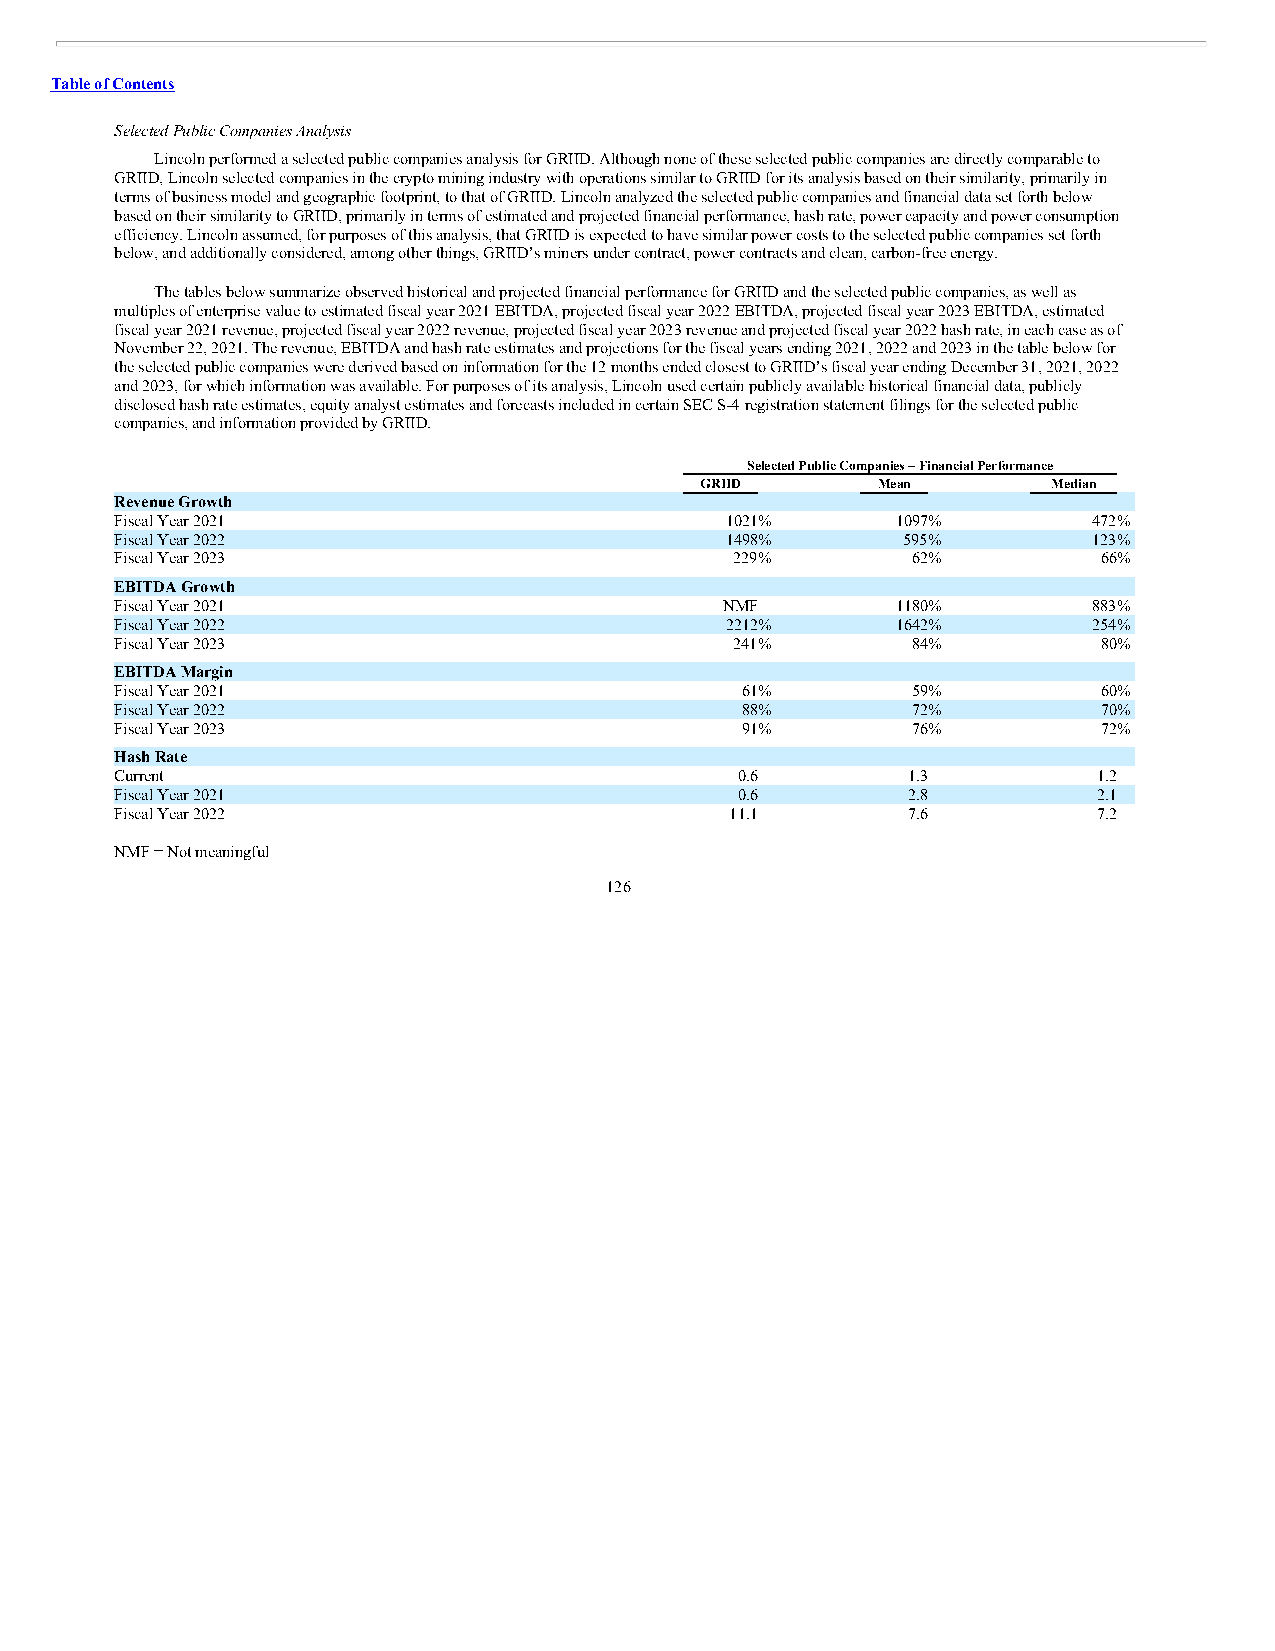
Table of Contents
 Selected Public Companies Analysis
 Lincoln performed a selected public companies analysis for GRIID. Although none of these selected public companies are directly comparable to
 GRIID, Lincoln selected companies in the crypto mining industry with operations similar to GRIID for its analysis based on their similarity, primarily in
 terms of business model and geographic footprint, to that of GRIID. Lincoln analyzed the selected public companies and financial data set forth below
 based on their similarity to GRIID, primarily in terms of estimated and projected financial performance, hash rate, power capacity and power consumption
 efficiency. Lincoln assumed, for purposes of this analysis, that GRIID is expected to have similar power costs to the selected public companies set forth
 below, and additionally considered, among other things, GRIID’s miners under contract, power contracts and clean, carbon-free energy.
 The tables below summarize observed historical and projected financial performance for GRIID and the selected public companies, as well as
 multiples of enterprise value to estimated fiscal year 2021 EBITDA, projected fiscal year 2022 EBITDA, projected fiscal year 2023 EBITDA, estimated
 fiscal year 2021 revenue, projected fiscal year 2022 revenue, projected fiscal year 2023 revenue and projected fiscal year 2022 hash rate, in each case as of
 November 22, 2021. The revenue, EBITDA and hash rate estimates and projections for the fiscal years ending 2021, 2022 and 2023 in the table below for
 the selected public companies were derived based on information for the 12 months ended closest to GRIID’s fiscal year ending December 31, 2021, 2022
 and 2023, for which information was available. For purposes of its analysis, Lincoln used certain publicly available historical financial data, publicly
 disclosed hash rate estimates, equity analyst estimates and forecasts included in certain SEC S-4 registration statement filings for the selected public
 companies, and information provided by GRIID.
 Selected Public Companies – Financial Performance
 GRIID       Mean        Median
 Revenue Growth
 Fiscal Year 2021                        1021%      1097%        472%
 Fiscal Year 2022                        1498%       595%        123%
 Fiscal Year 2023                         229%       62%          66%
 EBITDA Growth
 Fiscal Year 2021                        NMF        1180%        883%
 Fiscal Year 2022                        2212%      1642%        254%
 Fiscal Year 2023                         241%       84%          80%
 EBITDA Margin
 Fiscal Year 2021                         61%        59%          60%
 Fiscal Year 2022                         88%        72%          70%
 Fiscal Year 2023                         91%        76%          72%
 Hash Rate
 Current                                  0.6        1.3          1.2
 Fiscal Year 2021                         0.6        2.8          2.1
 Fiscal Year 2022                        11.1        7.6          7.2
 NMF = Not meaningful
 126